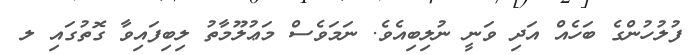
ފުލުހުންގެ ބަހެއް އަދި ވަނީ ނުލިބިއެވެ. ނަމަވެސް މަޢުލޫމާތު ލިބިފައިވާ ގޮތުގައި ލ